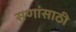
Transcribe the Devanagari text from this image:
सणांसाठी